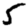
Digit: 5